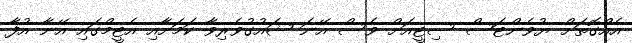
އެއްގޮތަށް ޔުވެންޓަސް ސިޓީއަށް ވެސް އޭނަ ޝައުގުވެރިވާ ކަމަށާއި އެޓީމްގައި އޭނާ އުފާ